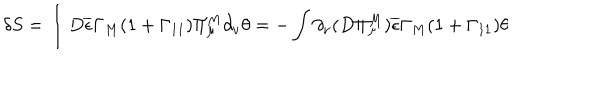
LaTeX: \delta S = \int D \overline { { { \epsilon } } } \Gamma _ { M } ( 1 + \Gamma _ { 1 1 } ) \Pi _ { \mu } ^ { M } \partial _ { \nu } \theta = - \int \partial _ { \nu } ( D \Pi _ { \mu } ^ { M } ) \overline { { { \epsilon } } } \Gamma _ { M } ( 1 + \Gamma _ { 1 1 } ) \theta